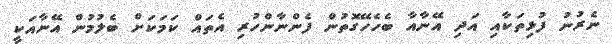
ނެރުނު ފުޅިތަކާއި އަދި އޭނާއާ ބެހެހޭގޮތުން ފެންނާންހުރި އެތައް ކަމަކަށް ބެލުމުން އޭނާއަކީ